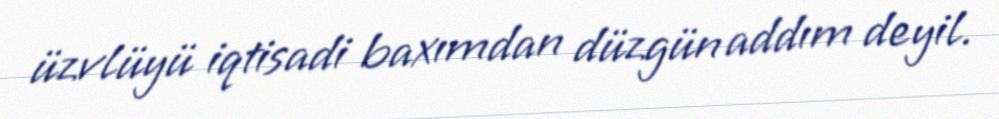
üzvlüyü iqtisadi baxımdan düzgün addım deyil.